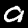
Digit: 9